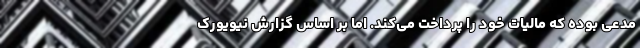
مدعی بوده که مالیات خود را پرداخت می‌کند. اما بر اساس گزارش نیویورک